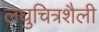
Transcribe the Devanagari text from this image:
लघुचित्रशैली